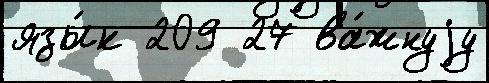
язы́к 209 27 ва́жнуjу